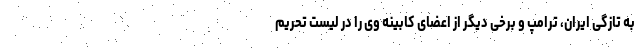
به تازگی ایران، ترامپ و برخی دیگر از اعضای کابینه وی را در لیست تحریم